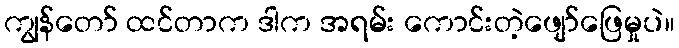
ကျွန်တော် ထင်တာက ဒါက အရမ်း ကောင်းတဲ့ဖျော်ဖြေမှုပဲ။